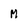
Character: M